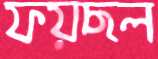
ফয়ছল